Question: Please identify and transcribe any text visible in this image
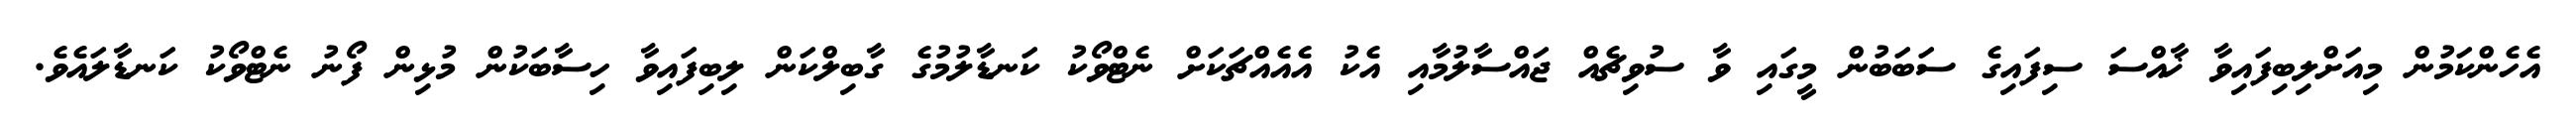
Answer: އެހެންކަމުން މިއަށްލިބިފައިވާ ޚާއްސަ ސިފައިގެ ސަބަބުން މީގައި ވާ ސުވިޗެއް ޖައްސާލުމާއި އެކު އެއެއްޗަކަށް ނެޓްވޯކު ކަނޑާލުމުގެ ގާބިލްކަން ލިބިފައިވާ ހިސާބަކުން މުޅިން ފޯނު ނެޓްވޯކު ކަނޑާލައެވެ.